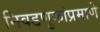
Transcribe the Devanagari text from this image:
निवडणुकांप्रमाणे